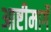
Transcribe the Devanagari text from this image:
आष्टीमार्गे